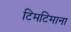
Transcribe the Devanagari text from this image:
टिमटिमाना